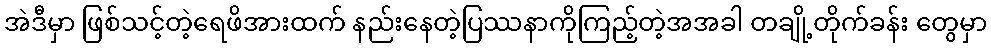
အဲဒီမှာ ဖြစ်သင့်တဲ့ရေဖိအားထက် နည်းနေတဲ့ပြဿနာကိုကြည့်တဲ့အအခါ တချို့တိုက်ခန်း တွေမှာ